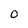
Character: 0